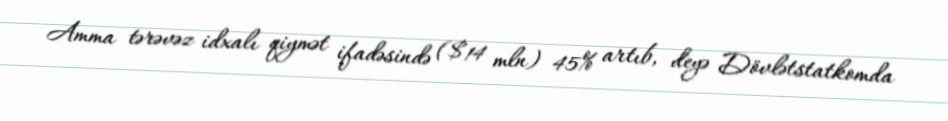
Amma tərəvəz idxalı qiymət ifadəsində ($14 mln) 45% artıb, deyə Dövlətstatkomda